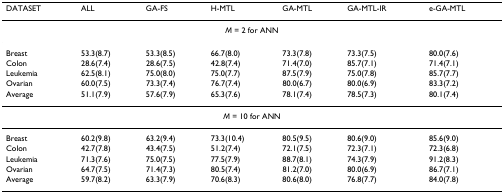
<table><thead><tr><td><b>DATASET</b></td><td><b>ALL</b></td><td><b>GA-FS</b></td><td><b>H-MTL</b></td><td><b>GA-MTL</b></td><td><b>GA-MTL-IR</b></td><td><b>e-GA-MTL</b></td></tr></thead><tbody><tr><td colspan="7"><i>M</i> = 2 for ANN</td></tr><tr><td>Breast</td><td>53.3(8.7)</td><td>53.3(8.5)</td><td>66.7(8.0)</td><td>73.3(7.8)</td><td>73.3(7.5)</td><td>80.0(7.6)</td></tr><tr><td>Colon</td><td>28.6(7.4)</td><td>28.6(7.5)</td><td>42.8(7.4)</td><td>71.4(7.0)</td><td>85.7(7.1)</td><td>71.4(7.1)</td></tr><tr><td>Leukemia</td><td>62.5(8.1)</td><td>75.0(8.0)</td><td>75.0(7.7)</td><td>87.5(7.9)</td><td>75.0(7.8)</td><td>85.7(7.7)</td></tr><tr><td>Ovarian</td><td>60.0(7.5)</td><td>73.3(7.4)</td><td>76.7(7.4)</td><td>80.0(6.7)</td><td>80.0(6.9)</td><td>83.3(7.2)</td></tr><tr><td>Average</td><td>51.1(7.9)</td><td>57.6(7.9)</td><td>65.3(7.6)</td><td>78.1(7.4)</td><td>78.5(7.3)</td><td>80.1(7.4)</td></tr><tr><td colspan="7"><i>M</i> = 10 for ANN</td></tr><tr><td>Breast</td><td>60.2(9.8)</td><td>63.2(9.4)</td><td>73.3(10.4)</td><td>80.5(9.5)</td><td>80.6(9.0)</td><td>85.6(9.0)</td></tr><tr><td>Colon</td><td>42.7(7.8)</td><td>43.4(7.5)</td><td>51.2(7.4)</td><td>72.1(7.5)</td><td>72.3(7.1)</td><td>72.3(6.8)</td></tr><tr><td>Leukemia</td><td>71.3(7.6)</td><td>75.0(7.5)</td><td>77.5(7.9)</td><td>88.7(8.1)</td><td>74.3(7.9)</td><td>91.2(8.3)</td></tr><tr><td>Ovarian</td><td>64.7(7.5)</td><td>71.4(7.3)</td><td>80.5(7.4)</td><td>81.2(7.0)</td><td>80.0(6.9)</td><td>86.7(7.1)</td></tr><tr><td>Average</td><td>59.7(8.2)</td><td>63.3(7.9)</td><td>70.6(8.3)</td><td>80.6(8.0)</td><td>76.8(7.7)</td><td>84.0(7.8)</td></tr></tbody></table>